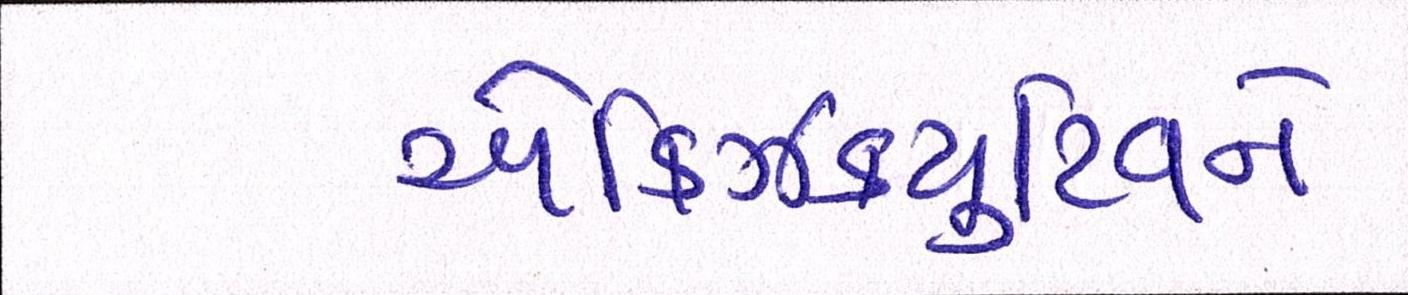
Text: એક્ઝિક્યુટિવને